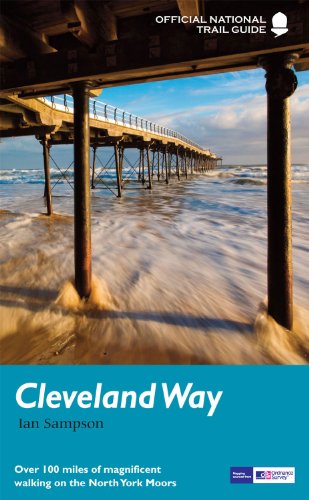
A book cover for Cleveland Way (National Trail Guides); Ian Sampson; Travel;